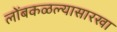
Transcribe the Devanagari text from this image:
लोंबकळल्यासारखा